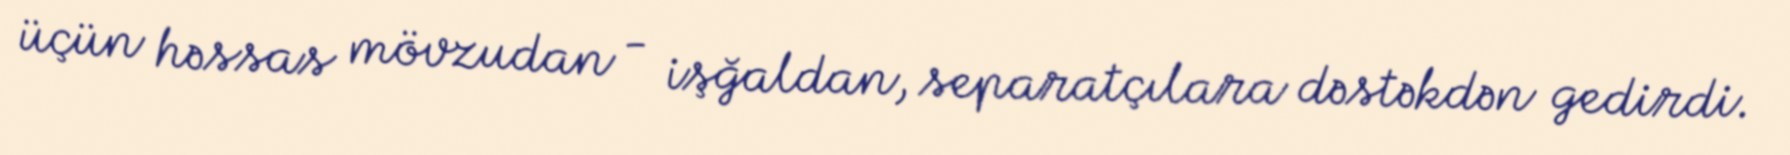
üçün həssas mövzudan - işğaldan, separatçılara dəstəkdən gedirdi.